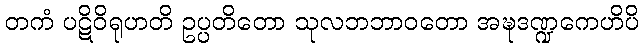
တကံ ပဋိဝိရုဟတိ ဥပ္ပတိတော သုလဘဘာဝတော အဍ္ဎဒဏ္ဍကေဟိပိ